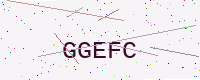
Text: GGEFC